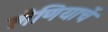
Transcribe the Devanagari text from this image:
लेणियाचें